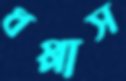
ধপ্পাস